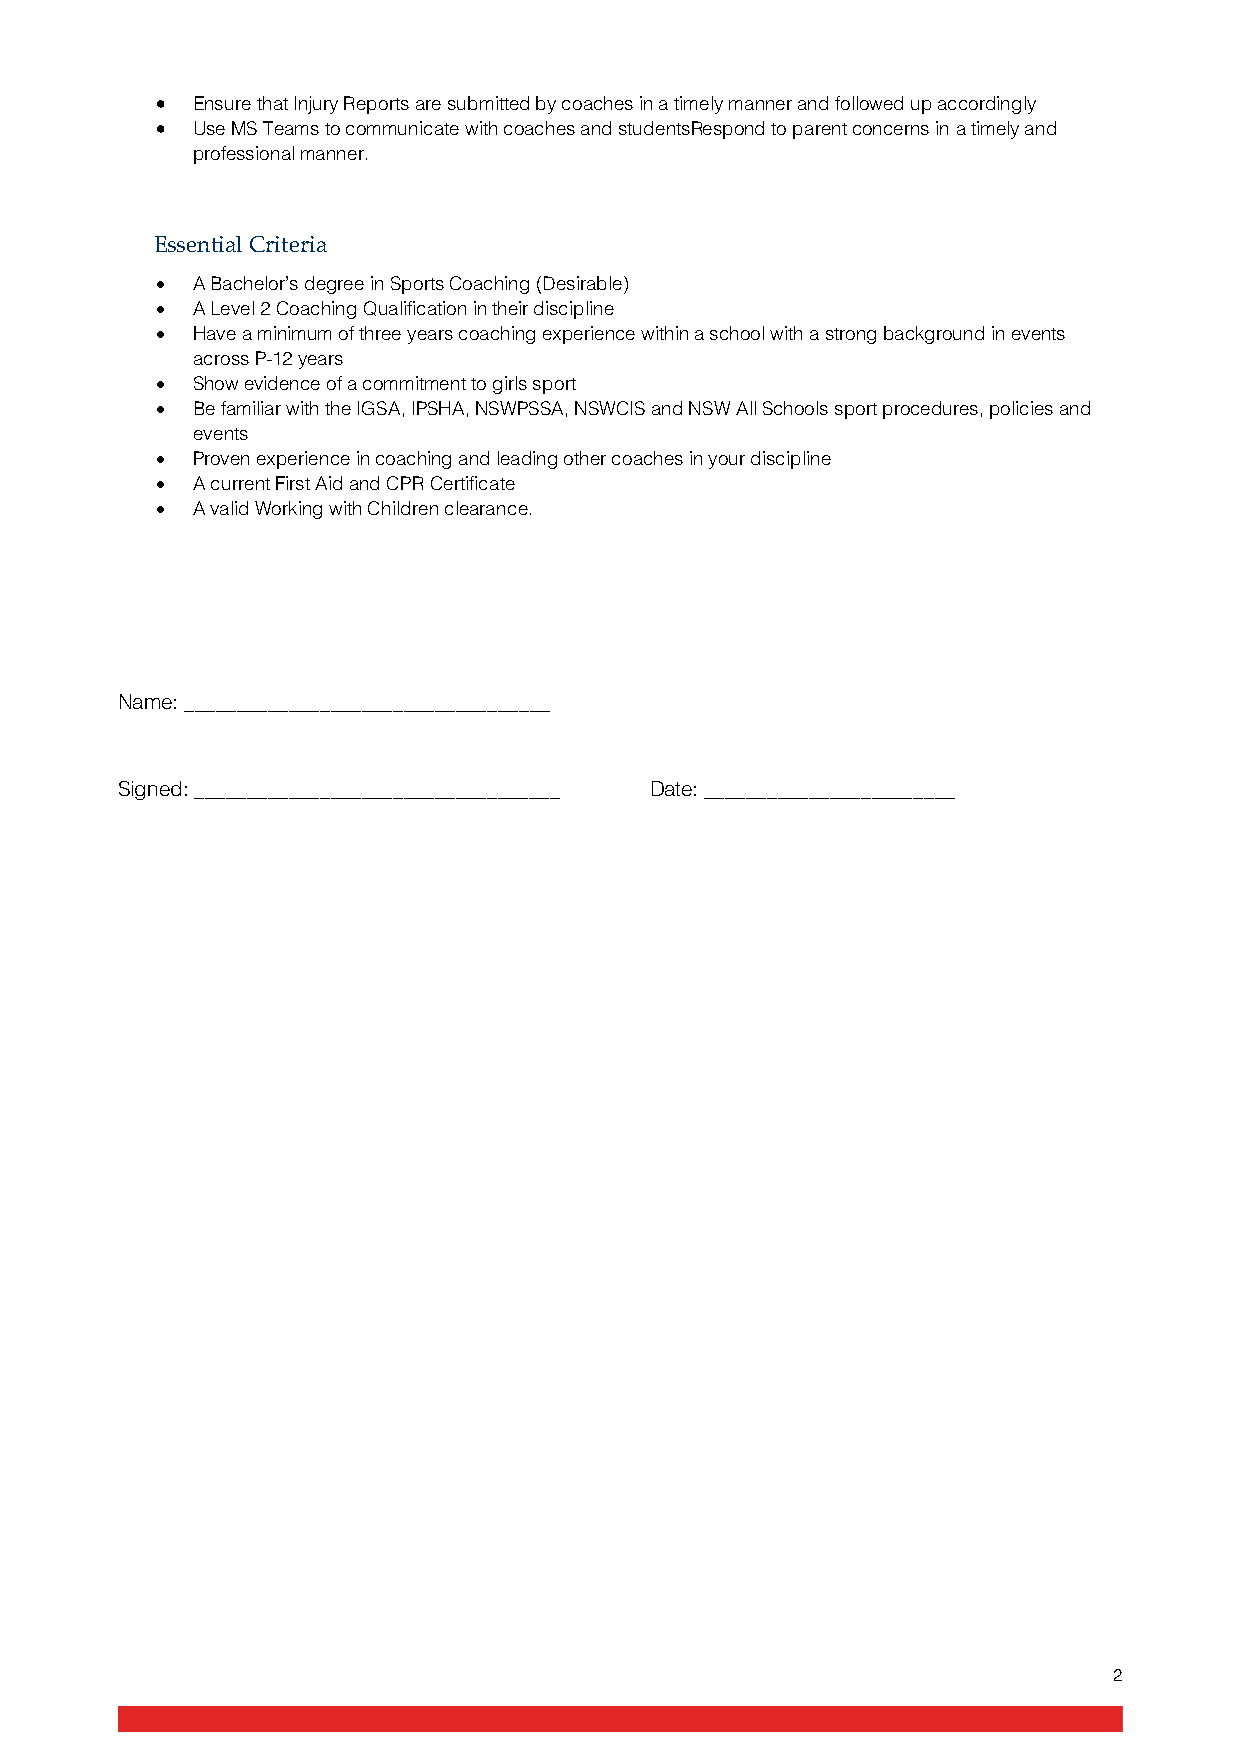
•  Ensure that Injury Reports are submitted by coaches in a timely manner and followed up accordingly
 •  Use MS Teams to communicate with coaches and studentsRespond to parent concerns in a timely and
 professional manner.
 Essential Criteria
 •  A Bachelor’s degree in Sports Coaching (Desirable)
 •  A Level 2 Coaching Qualification in their discipline
 •  Have a minimum of three years coaching experience within a school with a strong background in events
 across P-12 years
 •  Show evidence of a commitment to girls sport
 •  Be familiar with the IGSA, IPSHA, NSWPSSA, NSWCIS and NSW All Schools sport procedures, policies and
 events
 •  Proven experience in coaching and leading other coaches in your discipline
 •  A current First Aid and CPR Certificate
 •  A valid Working with Children clearance.
 Name: ___________________________________
 Signed: ___________________________________ Date: ________________________
 2